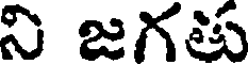
ని జగతు